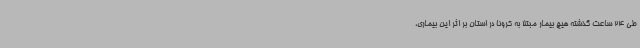
طی 24 ساعت گذشته هیچ بیمار مبتلا به کرونا در استان بر اثر این بیماری،